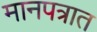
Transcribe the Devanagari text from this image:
मानपत्रात